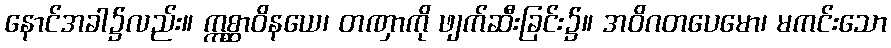
နောင်အခါ၌လည်း။ ဣစ္ဆာဝိနယေ၊ တဏှာကို ဖျက်ဆီးခြင်း၌။ အဝိဂတပေမော၊ မကင်းသော